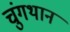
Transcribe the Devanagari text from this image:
चुंगथान